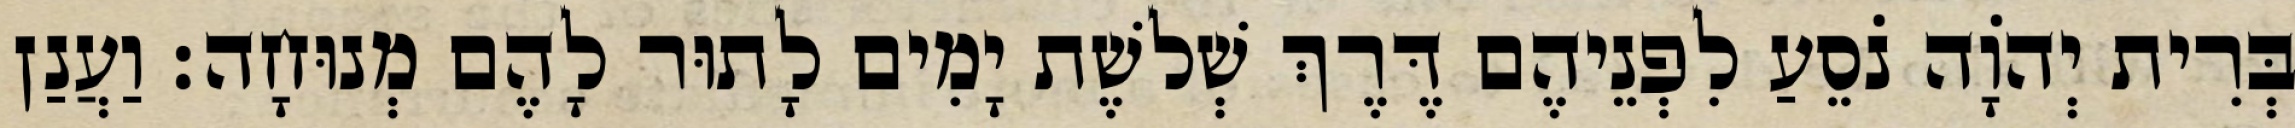
בְּרִית יְהֹוָה נֹסֵעַ לִפְנֵיהֶם דֶּרֶךְ שְׁלשֶׁת יָמִים לָתוּר לָהֶם מְנוּחָה׃ וַעֲנַן